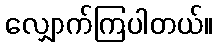
လျှောက်ကြပါတယ်။